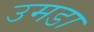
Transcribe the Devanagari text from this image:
उमडा